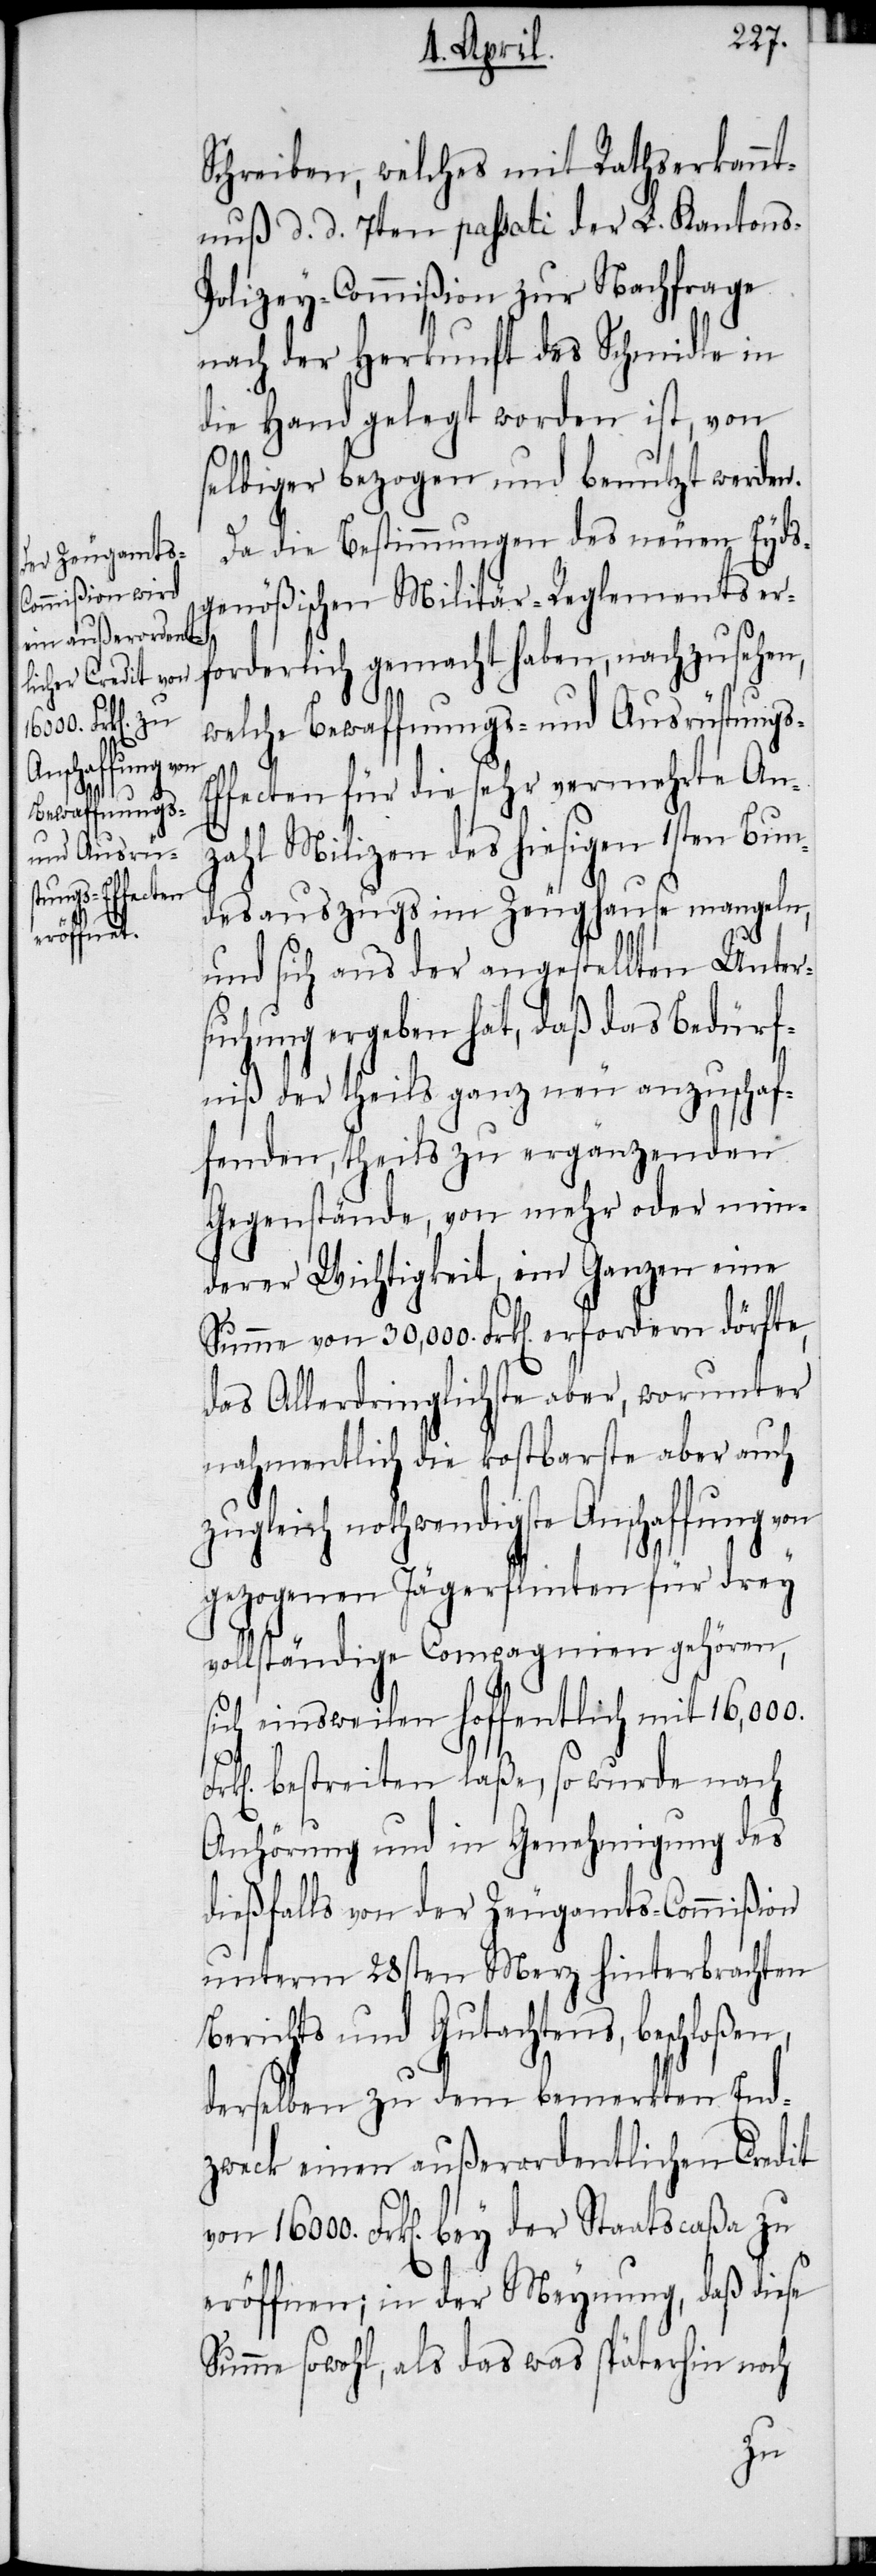
Schreiben, welches mit Rathserkannt¬
nuß d. d. 7ten passati der L. Kantons-P¬
olizey-Commißion zur Nachfrage
nach der Herkunft des Schmidle in
die Hand gelegt worden ist, von
selbiger bezogen und benutzt werden.
Da die Bestimmungen des neuen Eyds¬
genößischen Militär-Reglements er¬
forderlich gemacht haben, nachzusehen,
welche Bewaffnungs- und Ausrüstungs-E¬
ffecten für die sehr vermehrte An¬
zahl Milizen des hiesigen 1sten Bun¬
desauszugs im Zeughause mangeln,
und sich aus der angestellten Unter¬
suchung ergeben hat, daß das Bedürf¬
niß der theils ganz neu anzuschaf¬
fenden, theils zu ergänzenden
Gegenstände, von mehr oder min¬
derer Wichtigkeit, im Ganzen eine
Summe von 30,000 Frk[en]. erfordern dürfte,
das Allerdringlichste aber, worunter
nahmentlich die kostbarste aber auch
zugleich nothwendigste Anschaffung von
gezogenen Jägerflinten für drey
vollständige Compagnien gehören,
sich einsweilen hoffentlich mit 16,000.
bestreiten laße, so wurde nach
Anhörung und in Genehmigung des
dießfalls von der Zeugamts-Commißion
unterm 28sten Merz hinterbrachten
Berichts und Gutachtens, beschloßen,
derselben zu dem bemerkten End¬
zweck einen außerordentlichen Credit
von 16000. Frk[en]. bey der Staatscaßa zu
eröffnen; in der Meynung, daß diese
Summe sowohl, als das was späterhin noch